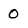
Character: 0